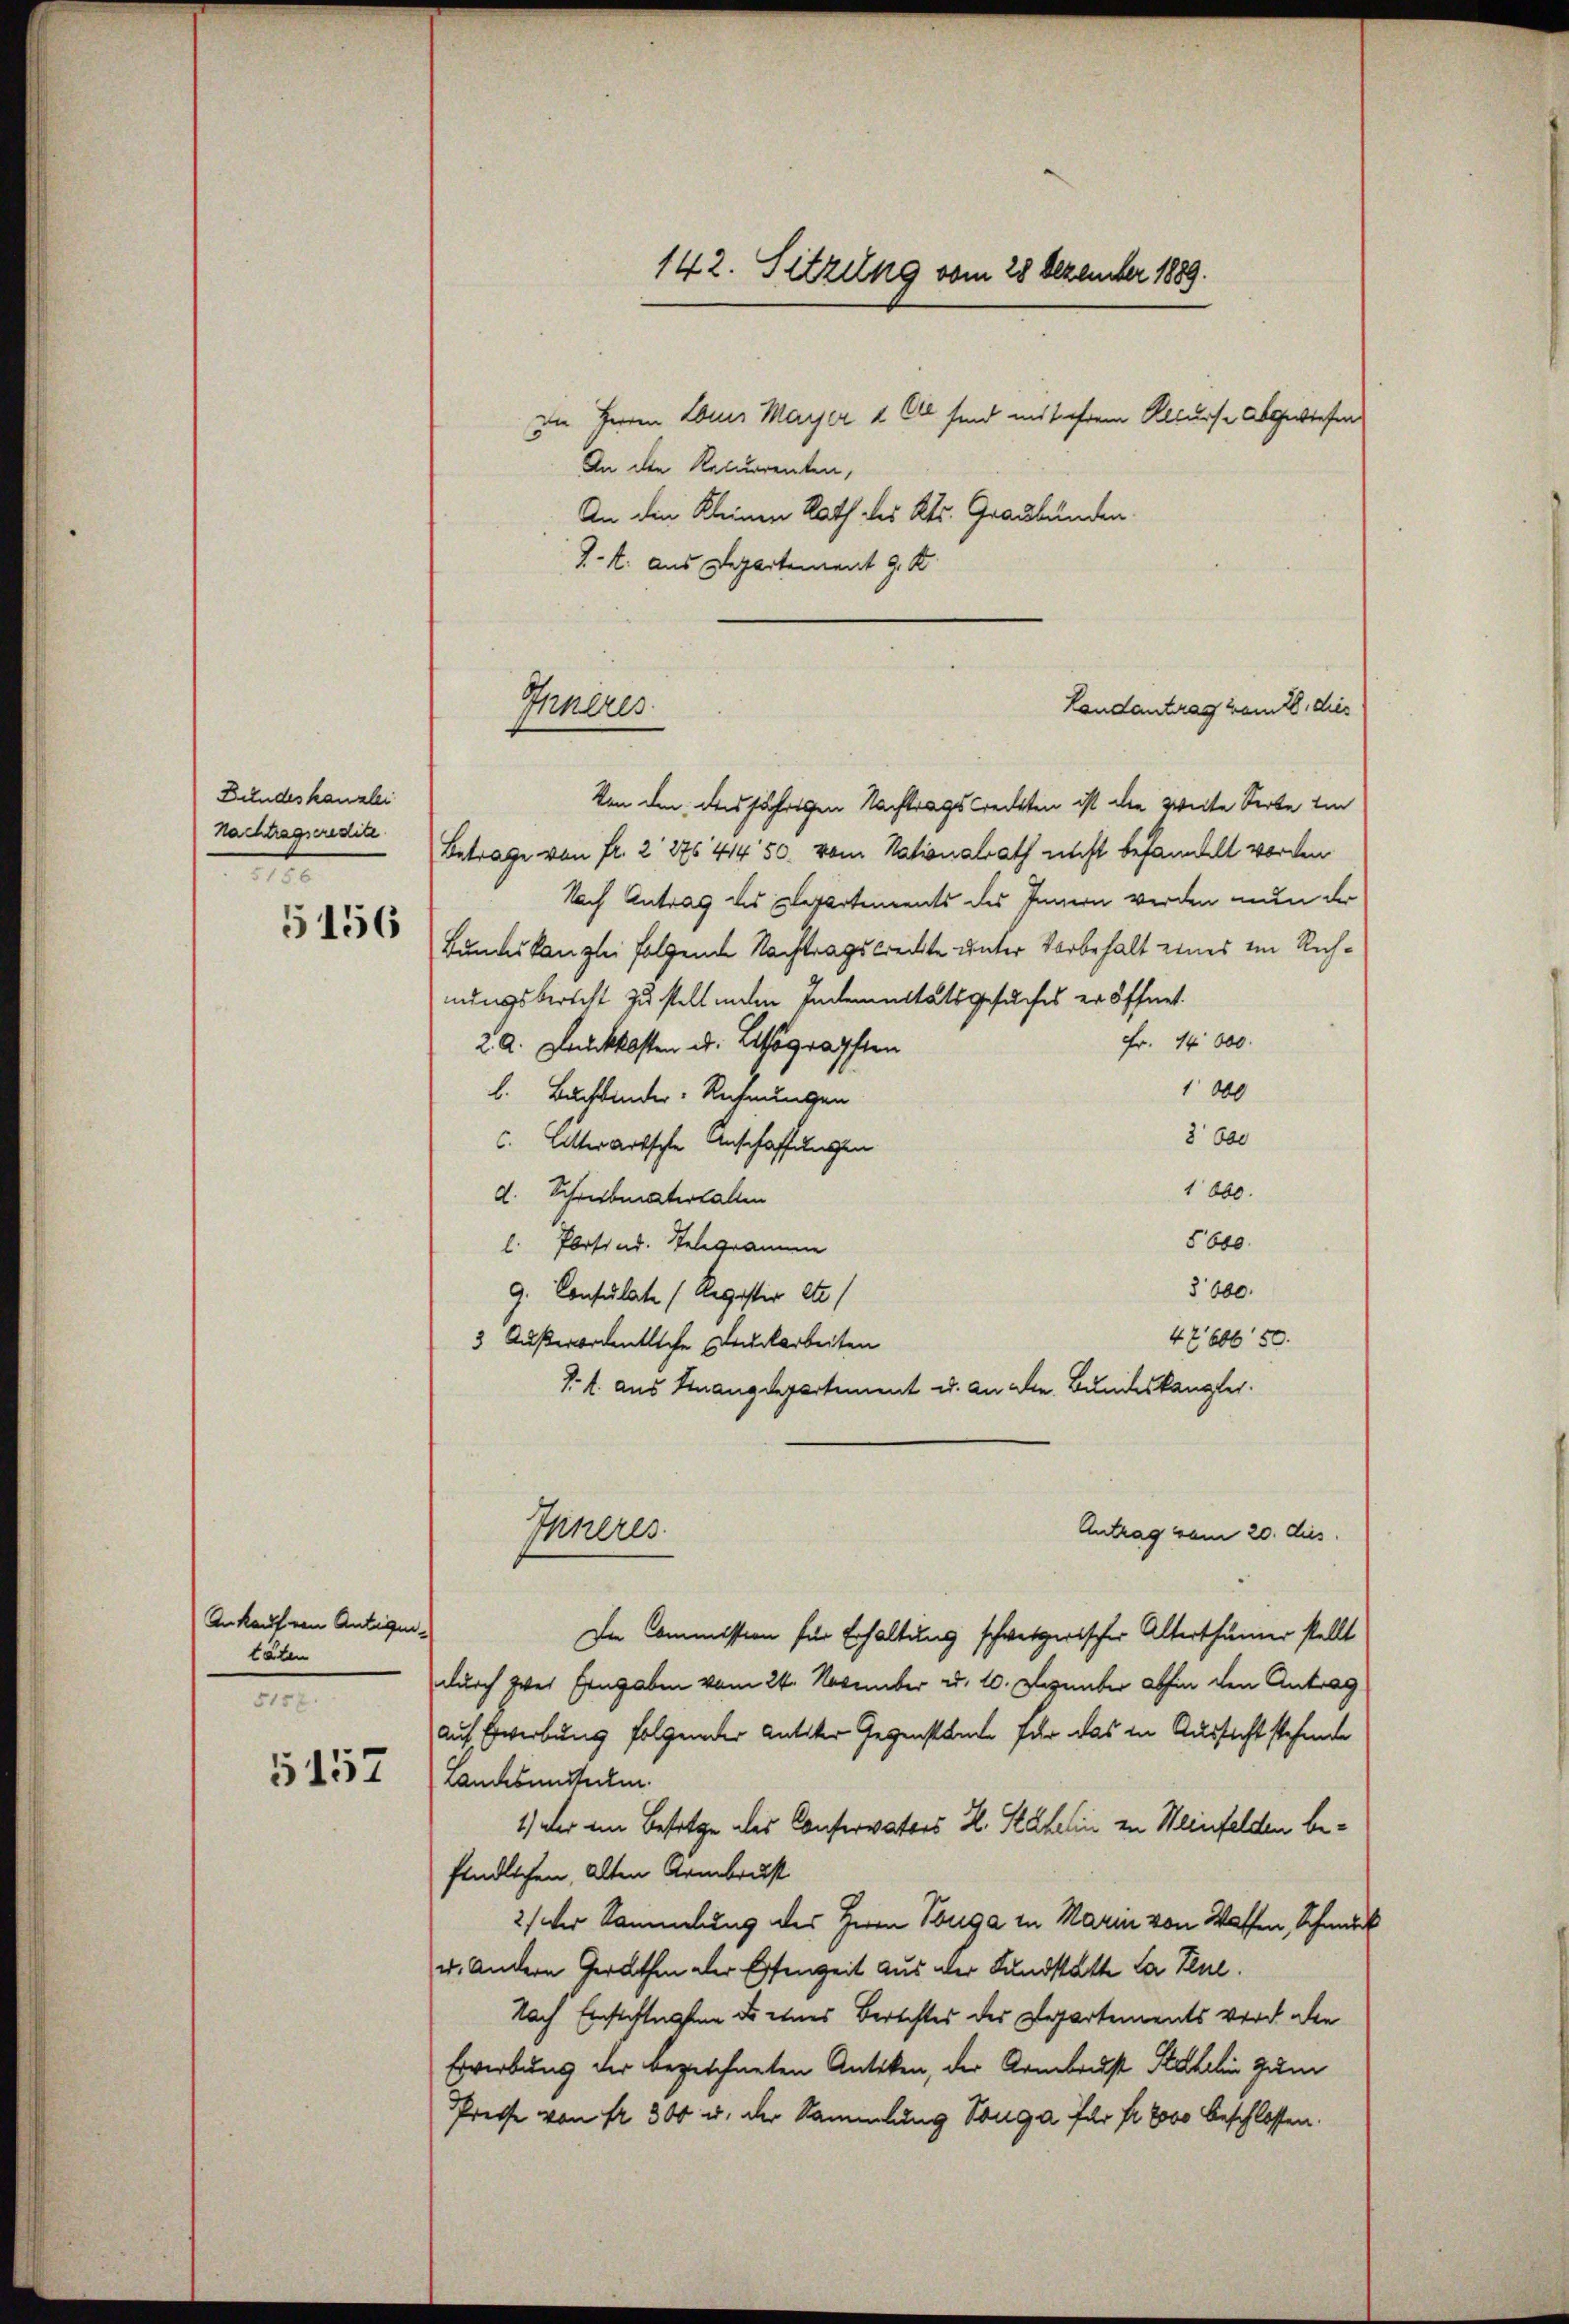
Bundeskanzlei
Nachtragseredite

5156

Ankauf von Anlegen.
täten
5157.

5157

In Herren Abris Maÿer 4 Ell sind mit ihrem Alcurse abgewiesen
An den Recurrenten,
An die Kleinen Rath des Kts. Graubünden.
d.M. aus Departement J. K.
Von den des jährigen Nachtragsrechten ist die zweite Serbe im
Betrage von Fr. 2 27641450. vom Nationalrath nicht behandelt worden.
Nach Antrag des Elepartements des Innern werden nun der
Bundeskanzlei folgende Nachtragstreckte unter Vorbehalt eines im Richnungsbericht zu stellenden Indemnitätsgesuches eröffnet.
Fr. 14 000.
2 A. Lauckkosten u. Lithographen
1000
b. Buchbinder- Rechnungen
3 600
C. litterartsche Anschaffungen
1800.
d. Schreibmaterfallen
5600.
l. Persind. Selegramme
§ 600
9. Consulate (Register etc.)
47 666 50.
3 Außerordentliche Druckarbeiten
J. l. aus Finanzdepartement u. an der Bundeskanzler.
Inneres
Antrag vom 20. dies
In Commission für Erhaltung schweizerischer Alterthümer stellt
durch zwei Eingaben vom 24. November u. 10. Dezember abhin den Antrag
auf Erwerbung folgender Antiker Gegenstande für das in Russicht stehende
Landesmitteln.
1.) Der im Besitze des Conservaters H. Stähelin zu Weinfelden befindlichen, alten Armbrust
2/ der Sammlung des Herrn Tonga in Marin von Waffen, Schmuck
u. Andern Gerathen der Essenzeit aus der Landstatte la Pul.
Nach Einsichtnahmen ds eines Berichtes des Departements vor den
Erwerbung der bezeichneten Antiken, der Armbrust Stahelin gum
Presse von fr. 300 u. der Sammlung Vouga für fr. 2000 beschlossen:

Inneres

142. Sitzung vom 28 Dezember 1889.

Landantrag vom 28. dies